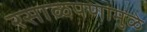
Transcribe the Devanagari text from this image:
रसाळपणामुळे